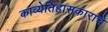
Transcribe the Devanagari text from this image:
काव्येतिहासकाराचे